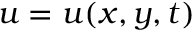
u = u ( x , y , t )